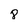
Character: 8